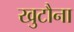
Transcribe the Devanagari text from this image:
खुटौना